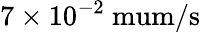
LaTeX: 7\times 10^{-2}\mathrm{\ mum/s}